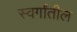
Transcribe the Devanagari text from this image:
स्वर्गांतील